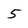
Character: 5